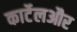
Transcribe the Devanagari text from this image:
कार्टेलऔर